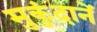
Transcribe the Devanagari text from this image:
मुकुंदानें